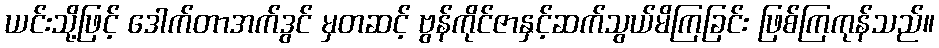
ယင်းသို့ဖြင့် ဒေါက်တာအက်ဒွင် မှတဆင့် ဗွန်ကိုင်ဇာနှင့်ဆက်သွယ်မိကြခြင်း ဖြစ်ကြကုန်သည်။